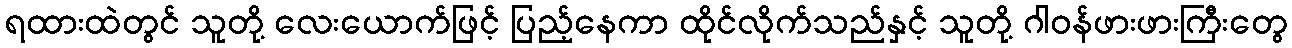
ရထားထဲတွင် သူတို့ လေးယောက်ဖြင့် ပြည့်နေကာ ထိုင်လိုက်သည်နှင့် သူတို့ ဂါဝန်ဖားဖားကြီးတွေ